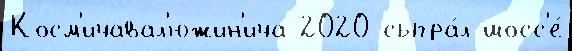
Косм'ичавал'южин'ича 2020 сыгра́л шосс'е́